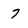
Character: 7